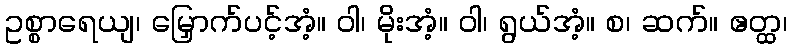
ဥစ္စာရေယျ၊ မြှောက်ပင့်အံ့။ ဝါ၊ မိုးအံ့။ ဝါ၊ ရွယ်အံ့။ စ၊ ဆက်။ ဧတ္ထ၊